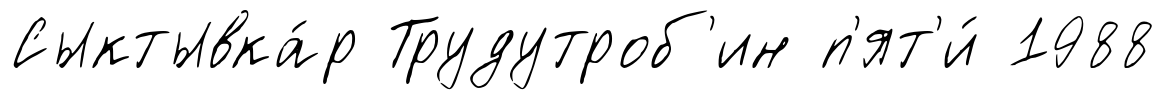
Сыктывка́р Трудутроб'ин п'ят'и́ 1988